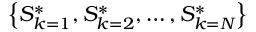
\left\{ S _ { k = 1 } ^ { * } , S _ { k = 2 } ^ { * } , \ldots , S _ { k = N } ^ { * } \right\}